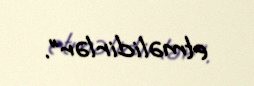
etməlidirlər”.